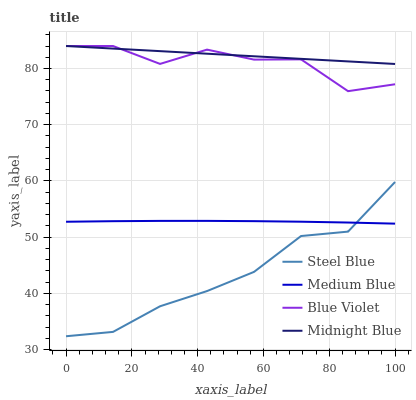
| xaxis_label | Steel Blue | Medium Blue | Blue Violet | Midnight Blue |
 | --- | --- | --- | --- | --- |
 | 0 | 32.4 | 52.7 | 84 | 84 |
 | 14.3 | 33.2 | 52.8 | 84 | 83.5 |
 | 28.6 | 37.7 | 52.9 | 80.8 | 83.1 |
 | 42.9 | 40.4 | 52.9 | 83.4 | 82.6 |
 | 57.1 | 43.8 | 52.8 | 81.6 | 82.2 |
 | 71.4 | 50.2 | 52.7 | 81.6 | 81.7 |
 | 85.7 | 51 | 52.6 | 76 | 81.3 |
 | 100 | 59.8 | 52.4 | 77.2 | 80.8 |